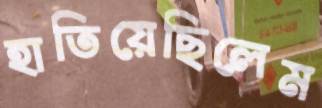
হাতিয়েছিলেম